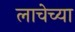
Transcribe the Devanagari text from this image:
लाचेच्या